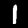
Label: 1